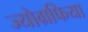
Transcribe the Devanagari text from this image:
ज्योग्रफिया